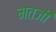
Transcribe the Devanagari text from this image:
मतजी